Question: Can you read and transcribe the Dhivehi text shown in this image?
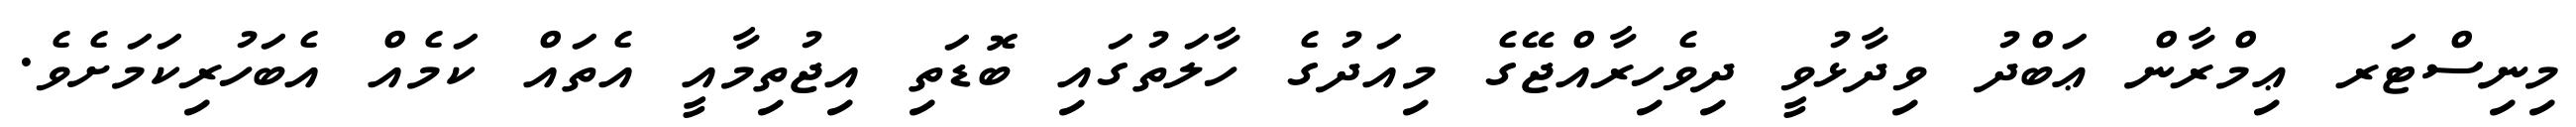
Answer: މިނިސްޓަރ ޢިމްރާން ޢަބްދު ވިދާޅުވީ ދިވެހިރާއްޖޭގެ މިއަދުގެ ހާލަތުގައި ބޮޑަތި އިޖުތިމާއީ އެތައް ކަމެއް އެބަހުރިކަމަށެވެ.